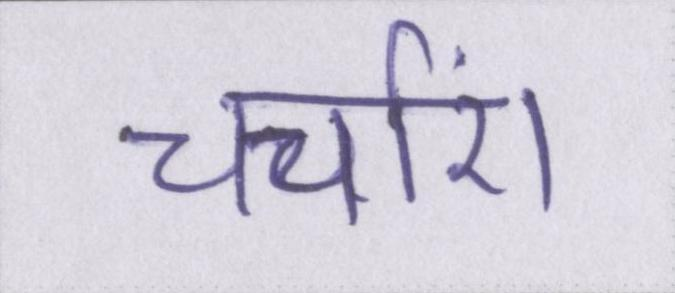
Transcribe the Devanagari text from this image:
चर्चाएं